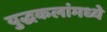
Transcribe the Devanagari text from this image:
युद्धकलांमध्ये